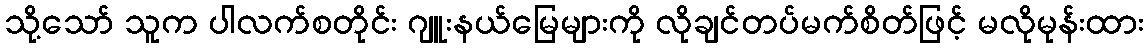
သို့သော် သူက ပါလက်စတိုင်း ဂျူးနယ်မြေများကို လိုချင်တပ်မက်စိတ်ဖြင့် မလိုမုန်းထား